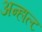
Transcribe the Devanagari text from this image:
अन्हाल्ट